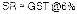
SR = GST @6%